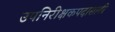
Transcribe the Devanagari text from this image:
उपनिरीक्षकपदासाठी